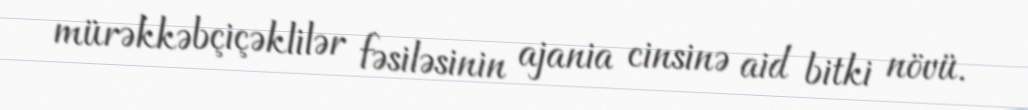
mürəkkəbçiçəklilər fəsiləsinin ajania cinsinə aid bitki növü.